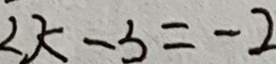
2 k - 3 = - 2